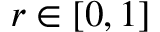
r \in [ 0 , 1 ]